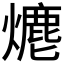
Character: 𤏶